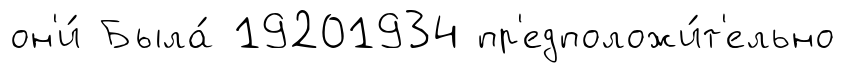
он'и́ Была́ 19201934 пр'едположи́т'ельно